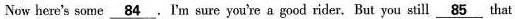
Now here's some \underline{84} . I'm sure you're a good rider. But you still \underline{85} that